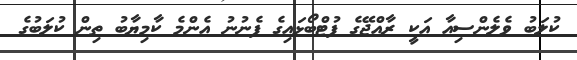
ކުލަބު ވެލެންސިއާ އަކީ ރާއްޖޭގެ ފުޓްބޯޅައިގެ ފެނުނު އެންމެ ކާމިޔާބު ތިން ކުލަބުގެ